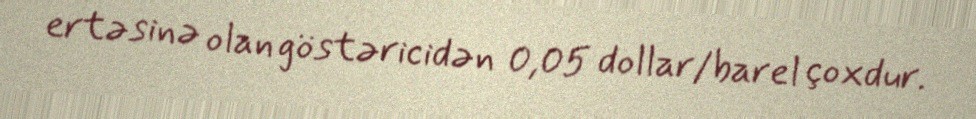
ertəsinə olan göstəricidən 0,05 dollar/barel çoxdur.